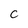
Character: C